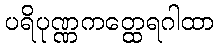
ပရိပုဏ္ဏကတ္ထေရဂါထာ